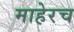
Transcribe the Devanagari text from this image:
माहेरच